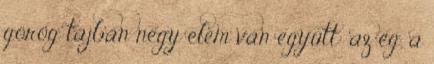
görög tájban négy elem van együtt: az ég, a